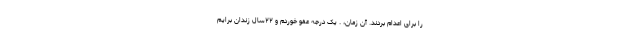
را برای اعدام بردند. آن زمان، . یک درجه عفو خوردم و ۲۲سال زندان برایم